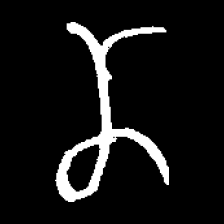
Pyu character \u2014 Myanmar letter: ဏ (romanized: nna)